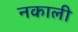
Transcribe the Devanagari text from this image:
नकाली